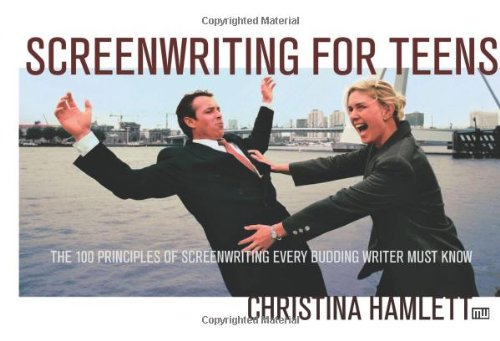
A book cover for Screenwriting for Teens: The 100 Principles of Screenwriting Every Budding Writer Must Know; Christina Hamlett; Teen & Young Adult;